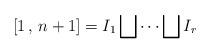
LaTeX: \begin{align*}\lbrack1\,,\,n+1]=I_{1}\bigsqcup\cdots\bigsqcup I_{r}\end{align*}